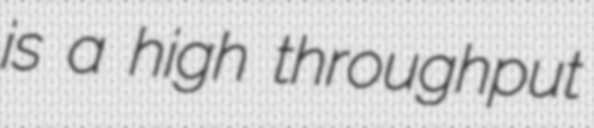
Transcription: is a high throughput